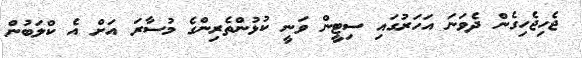
ޖެހިޖެހިގެން ދެވަނަ އަހަރުގައި ސިޓީން ވަނީ ކުޅުންތެރިންގެ މުސާރަ އަށް އެ ކްލަބުން